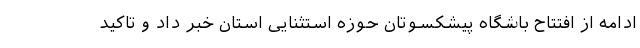
ادامه از افتتاح باشگاه پیشکسوتان حوزه استثنایی استان خبر داد و تاکید